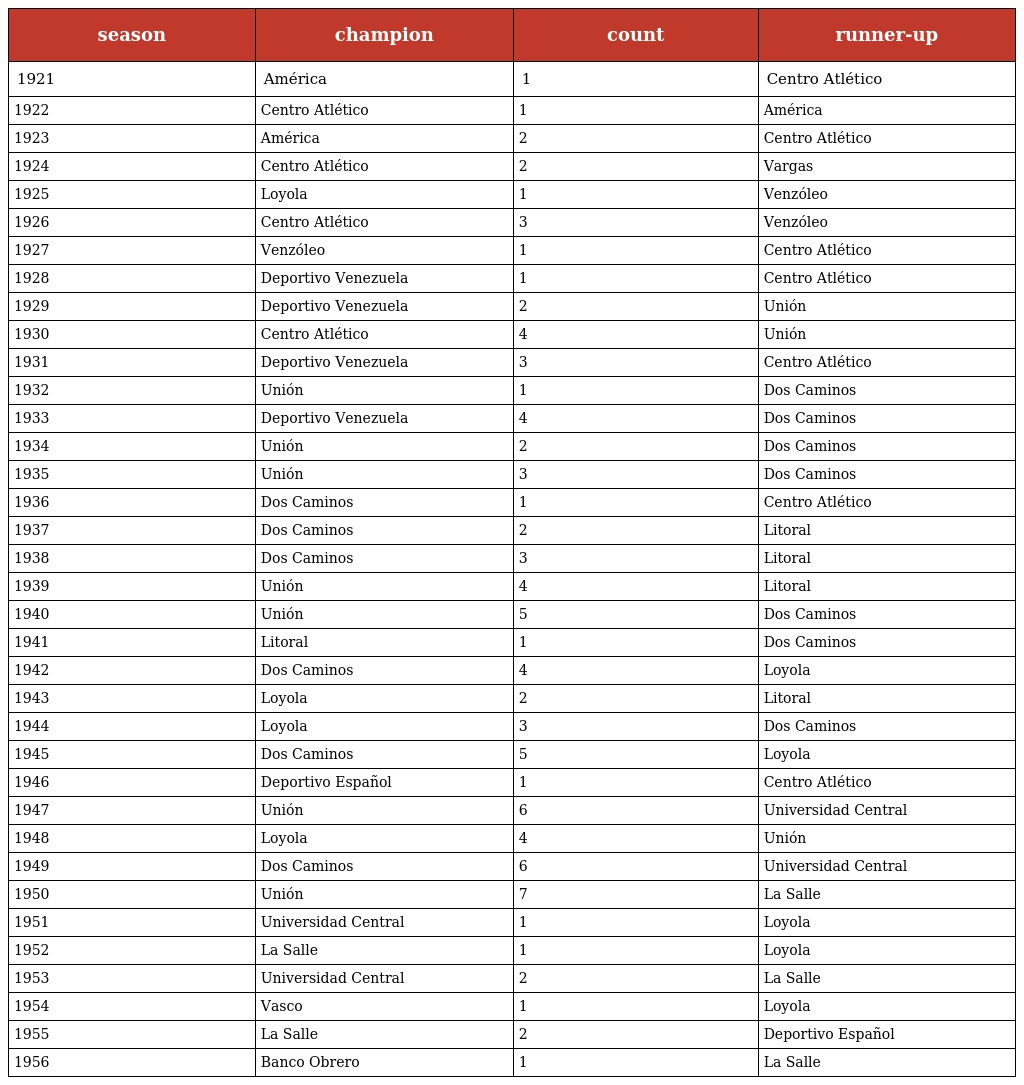
| season | champion | count | runner-up |
 | --- | --- | --- | --- |
 | 1921 | América | 1 | Centro Atlético |
 | 1922 | Centro Atlético | 1 | América |
 | 1923 | América | 2 | Centro Atlético |
 | 1924 | Centro Atlético | 2 | Vargas |
 | 1925 | Loyola | 1 | Venzóleo |
 | 1926 | Centro Atlético | 3 | Venzóleo |
 | 1927 | Venzóleo | 1 | Centro Atlético |
 | 1928 | Deportivo Venezuela | 1 | Centro Atlético |
 | 1929 | Deportivo Venezuela | 2 | Unión |
 | 1930 | Centro Atlético | 4 | Unión |
 | 1931 | Deportivo Venezuela | 3 | Centro Atlético |
 | 1932 | Unión | 1 | Dos Caminos |
 | 1933 | Deportivo Venezuela | 4 | Dos Caminos |
 | 1934 | Unión | 2 | Dos Caminos |
 | 1935 | Unión | 3 | Dos Caminos |
 | 1936 | Dos Caminos | 1 | Centro Atlético |
 | 1937 | Dos Caminos | 2 | Litoral |
 | 1938 | Dos Caminos | 3 | Litoral |
 | 1939 | Unión | 4 | Litoral |
 | 1940 | Unión | 5 | Dos Caminos |
 | 1941 | Litoral | 1 | Dos Caminos |
 | 1942 | Dos Caminos | 4 | Loyola |
 | 1943 | Loyola | 2 | Litoral |
 | 1944 | Loyola | 3 | Dos Caminos |
 | 1945 | Dos Caminos | 5 | Loyola |
 | 1946 | Deportivo Español | 1 | Centro Atlético |
 | 1947 | Unión | 6 | Universidad Central |
 | 1948 | Loyola | 4 | Unión |
 | 1949 | Dos Caminos | 6 | Universidad Central |
 | 1950 | Unión | 7 | La Salle |
 | 1951 | Universidad Central | 1 | Loyola |
 | 1952 | La Salle | 1 | Loyola |
 | 1953 | Universidad Central | 2 | La Salle |
 | 1954 | Vasco | 1 | Loyola |
 | 1955 | La Salle | 2 | Deportivo Español |
 | 1956 | Banco Obrero | 1 | La Salle |